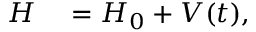
\begin{array} { r l } { H } & { { } = H _ { 0 } + V ( t ) , } \end{array}